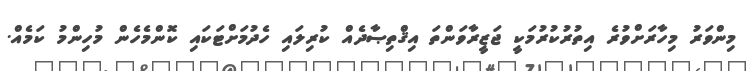
މިންވަރު މިހާރަށްވުރެ އިތުރުކުރުމަކީ ޖަޒީރާވަންތަ އިޤްތިޞާދެއް ކުރިލައި ހެދުމަށްޓަކައި ކޮންމެހެން މުހިންމު ކަމެއް.